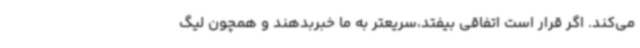
می‌کند. اگر قرار است اتفاقی بیفتد،سریعتر به ما خبربدهند و همچون لیگ